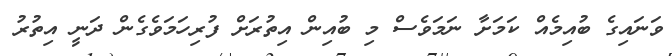
ވަނައިގެ ބުއިމެއް ކަމަށާ ނަމަވެސް މި ބުއިން އިތުރަށް ފުރިހަމަވެގެން ދަނީ އިތުރު